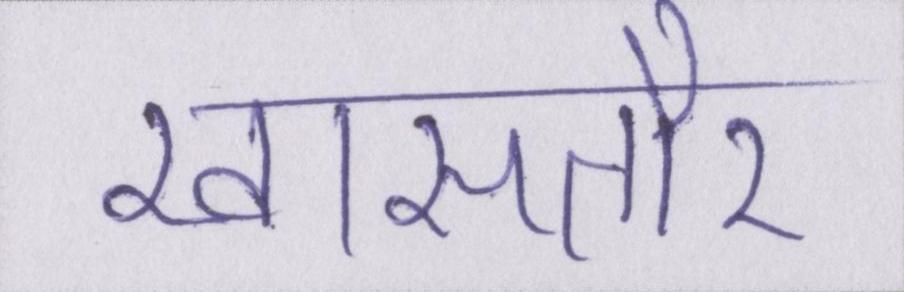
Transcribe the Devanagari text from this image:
खासतौर